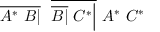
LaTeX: { \overline { { A ^ { * } \ B | } } } \ \ { \overline { { { \overline { { B | } } } \ C ^ { * } { \Big | } } } } \ A ^ { * } \ C ^ { * }